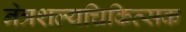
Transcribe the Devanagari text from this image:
नेत्रशल्यचिकित्सक